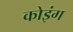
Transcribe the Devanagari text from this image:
कोइंग